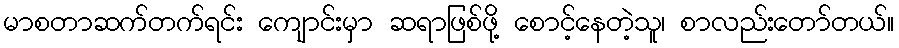
မာစတာဆက်တက်ရင်း ကျောင်းမှာ ဆရာဖြစ်ဖို့ စောင့်နေတဲ့သူ၊ စာလည်းတော်တယ်။